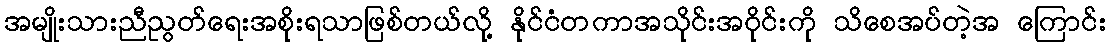
အမျိုးသားညီညွတ်ရေးအစိုးရသာဖြစ်တယ်လို့ နိုင်ငံတကာအသိုင်းအဝိုင်းကို သိစေအပ်တဲ့အ ကြောင်း